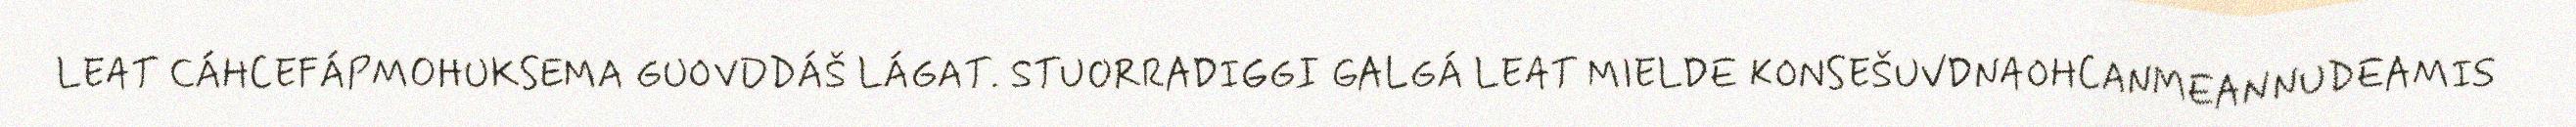
LEAT CÁHCEFÁPMOHUKSEMA GUOVDDÁŠ LÁGAT. STUORRADIGGI GALGÁ LEAT MIELDE KONSEŠUVDNAOHCANMEANNUDEAMIS